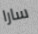
سارا